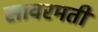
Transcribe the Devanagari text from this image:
सावरमती